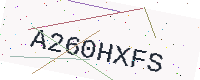
Text: A260HXFS